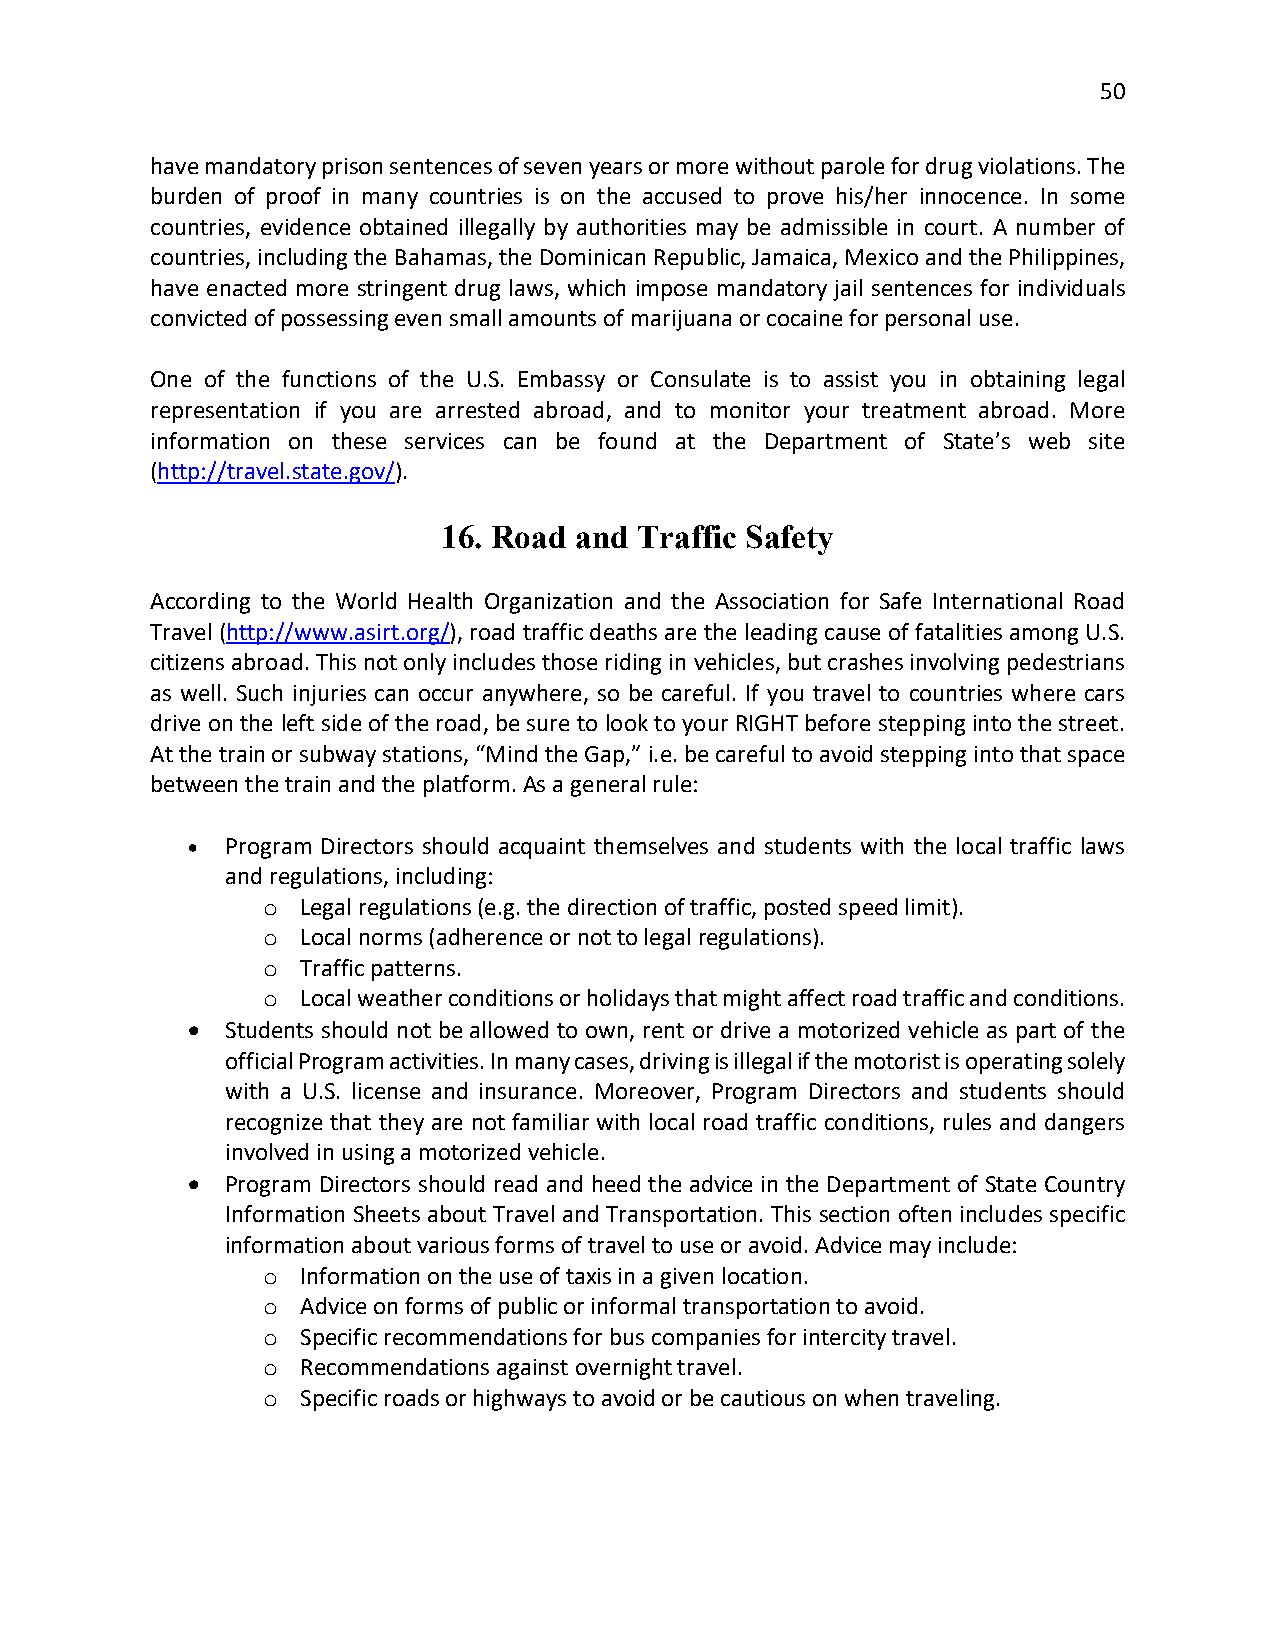
50
 have mandatory prison sentences of seven years or more without parole for drug violations. The
 burden of proof in many countries is on the accused to prove his/her innocence. In some
 countries, evidence obtained illegally by authorities may be admissible in court. A number of
 countries, including the Bahamas, the Dominican Republic, Jamaica, Mexico and the Philippines,
 have enacted more stringent drug laws, which impose mandatory jail sentences for individuals
 convicted of possessing even small amounts of marijuana or cocaine for personal use.
 One of the functions of the U.S. Embassy or Consulate is to assist you in obtaining legal
 representation if you are arrested abroad, and to monitor your treatment abroad. More
 information on these services can be found at the Department of State’s web site
 (http://travel.state.gov/).
 16. Road and Traffic Safety
 According to the World Health Organization and the Association for Safe International Road
 Travel (http://www.asirt.org/), road traffic deaths are the leading cause of fatalities among U.S.
 citizens abroad. This not only includes those riding in vehicles, but crashes involving pedestrians
 as well. Such injuries can occur anywhere, so be careful. If you travel to countries where cars
 drive on the left side of the road, be sure to look to your RIGHT before stepping into the street.
 At the train or subway stations, “Mind the Gap,” i.e. be careful to avoid stepping into that space
 between the train and the platform. As a general rule:
 •  Program Directors should acquaint themselves and students with the local traffic laws
 and regulations, including:
 Legal regulations (e.g. the direction of traffic, posted speed limit).
 o
 Local norms (adherence or not to legal regulations).
 o
 Traffic patterns.
 o
 Local weather conditions or holidays that might affect road traffic and conditions.
 o
 •  Students should not be allowed to own, rent or drive a motorized vehicle as part of the
 official Program activities. In many cases, driving is illegal if the motorist is operating solely
 with a U.S. license and insurance. Moreover, Program Directors and students should
 recognize that they are not familiar with local road traffic conditions, rules and dangers
 involved in using a motorized vehicle.
 •  Program Directors should read and heed the advice in the Department of State Country
 Information Sheets about Travel and Transportation. This section often includes specific
 information about various forms of travel to use or avoid. Advice may include:
 Information on the use of taxis in a given location.
 o
 Advice on forms of public or informal transportation to avoid.
 o
 Specific recommendations for bus companies for intercity travel.
 o
 Recommendations against overnight travel.
 o
 Specific roads or highways to avoid or be cautious on when traveling.
 o